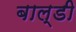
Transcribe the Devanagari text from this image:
बाल्डी